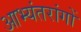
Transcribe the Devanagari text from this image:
आभ्यंतरांगों